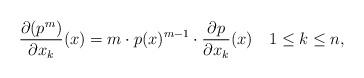
LaTeX: \begin{align*}\frac{\partial (p^m)}{\partial x_k}(x) = m \cdot p(x)^{m - 1} \cdot \frac{\partial p}{\partial x_k}(x) \quad1\leq k\leq n,\end{align*}